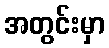
အတွင်းမှာ